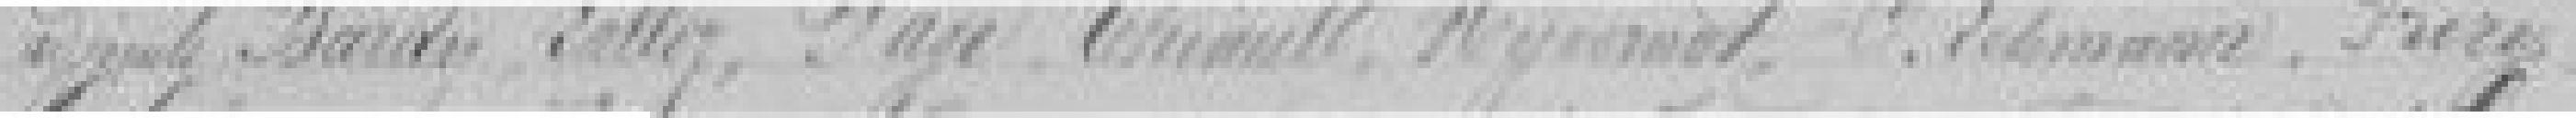
?, BARDY, LALLOZ, PAGE, THIAULT, HYVERNET, C. LEHMANN, FRERY,